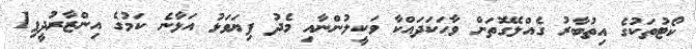
ކޯޓުތަކުގެ އިތުބާރު ގެއްލޭގޮތަށް ވާހަކަދައްކާ ވަކީލުންނާއި މެދު ފިޔަވަޅު އަޅާނެ ކަމުގެ އިންޒާރުދީފި1